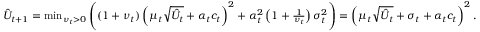
\begin{array} { r } { \hat { U } _ { t + 1 } = \operatorname* { m i n } _ { \nu _ { t } > 0 } \left( ( 1 + \nu _ { t } ) \left( \mu _ { t } \sqrt { \hat { U } _ { t } } + \alpha _ { t } c _ { t } \right) ^ { 2 } + \alpha _ { t } ^ { 2 } \left( 1 + \frac { 1 } { \nu _ { t } } \right) \sigma _ { t } ^ { 2 } \right) = \left( \mu _ { t } \sqrt { \hat { U } _ { t } } + \sigma _ { t } + \alpha _ { t } c _ { t } \right) ^ { 2 } . } \end{array}